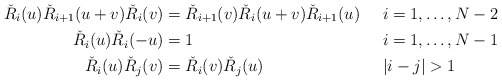
\begin{align*}\check R_i(u)\check R_{i+1}(u+v)\check R_i(v)&=\check R_{i+1}(v)\check R_i(u+v)\check R_{i+1}(u)&&i=1,\ldots,N-2\\\check R_i(u)\check R_i(-u)&=1&&i=1,\ldots,N-1\\\check R_i(u)\check R_j(v)&=\check R_i(v)\check R_j(u)&&|i-j|>1\end{align*}